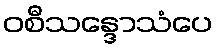
ဝစီသန္ဒောသံပေ